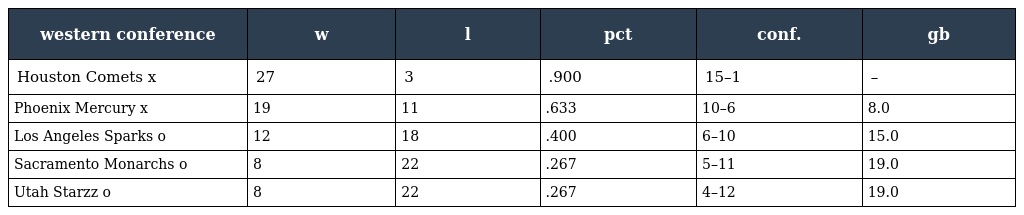
| western conference | w | l | pct | conf. | gb |
 | --- | --- | --- | --- | --- | --- |
 | Houston Comets x | 27 | 3 | .900 | 15–1 | – |
 | Phoenix Mercury x | 19 | 11 | .633 | 10–6 | 8.0 |
 | Los Angeles Sparks o | 12 | 18 | .400 | 6–10 | 15.0 |
 | Sacramento Monarchs o | 8 | 22 | .267 | 5–11 | 19.0 |
 | Utah Starzz o | 8 | 22 | .267 | 4–12 | 19.0 |